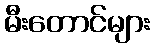
မီးတောင်များ